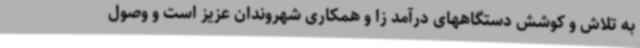
به تلاش و کوشش دستگاههای درآمد زا و همکاری شهروندان عزیز است و وصول